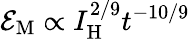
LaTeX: {\cal E}_{\mathrm{M}}\propto I_{\mathrm{H}}^{2/9}t^{-10/9}